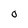
Character: O